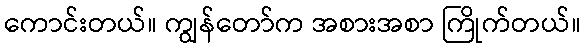
ကောင်းတယ်။ ကျွန်တော်က အစားအစာ ကြိုက်တယ်။